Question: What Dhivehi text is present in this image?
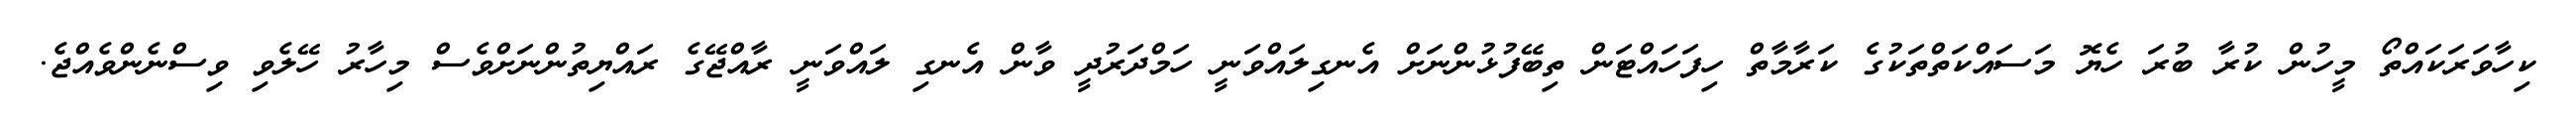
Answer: ކިހާވަރަކައްތޯ މީހުން ކުރާ ބުރަ ހެޔޮ މަސައްކަތްތަކުގެ ކަރާމާތް ހިފަހައްޓަން ތިބޭފުޅުންނަށް އެނގިލައްވަނީ ހަމްދަރުދީ ވާން އެނގި ލައްވަނީ ރާއްޖޭގެ ރައްޔިތުންނަށްވެސް މިހާރު ހޭލެވި ވިސްނެންވެއްޖެ.